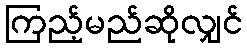
ကြည့်မည်ဆိုလျှင်